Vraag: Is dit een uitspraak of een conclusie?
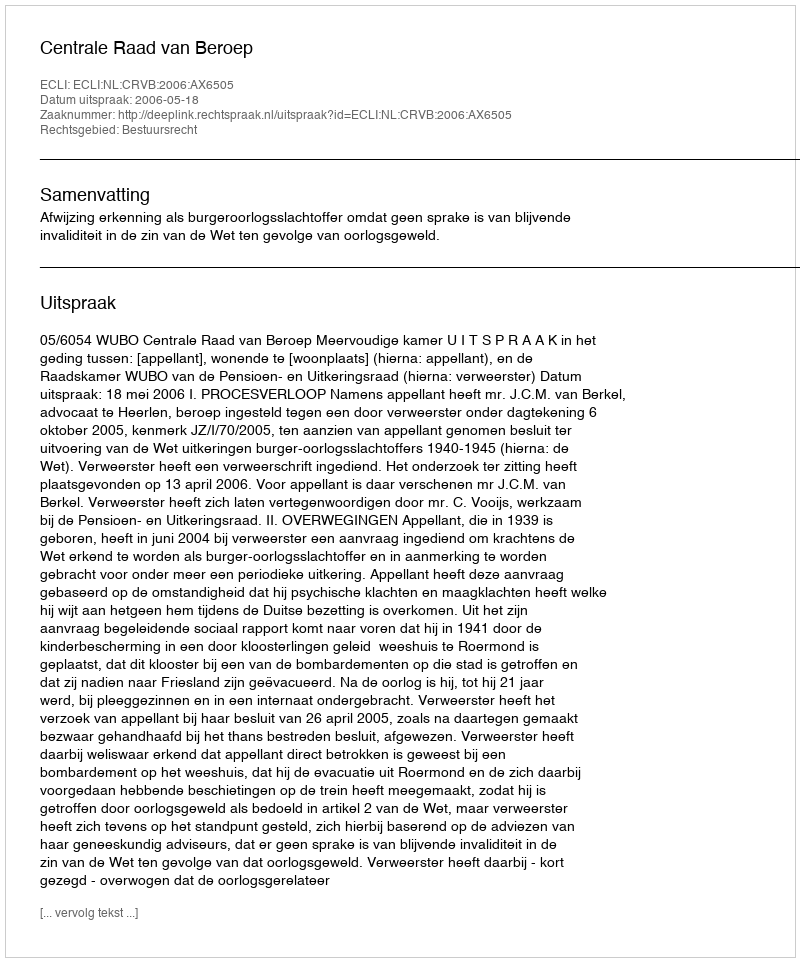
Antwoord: Uitspraak